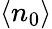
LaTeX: \langle n_{0}\rangle